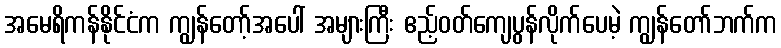
အမေရိကန်နိုင်ငံက ကျွန်တော့်အပေါ် အများကြီး ဧည့်ဝတ်ကျေပွန်လိုက်ပေမဲ့ ကျွန်တော်ဘက်က